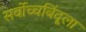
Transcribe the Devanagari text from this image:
सर्वोच्चबिंदूला